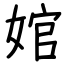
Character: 婠